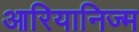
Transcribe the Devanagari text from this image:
आरियानिज्म